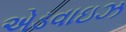
એડવાઇઝ